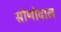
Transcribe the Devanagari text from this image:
सोणोवाल